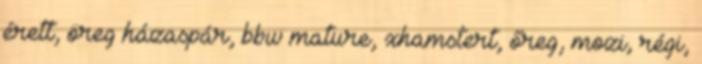
érett, öreg házaspár, bbw mature, xhamstert, őreg, mozi, régi,